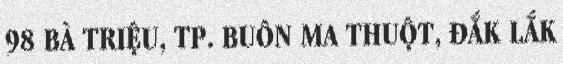
98 BÀ TRIỆU, TP. BUÔN MA THUỘT, ĐẮK LẮK